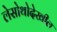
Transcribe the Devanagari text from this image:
लेसोथोदेखील